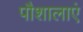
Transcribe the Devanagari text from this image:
पौशालाएं